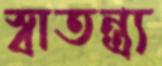
স্বাতন্ত্র্য